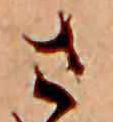
さ